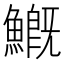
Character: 𩺺